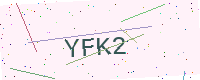
Text: YFK2